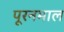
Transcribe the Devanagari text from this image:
पूरनमाल